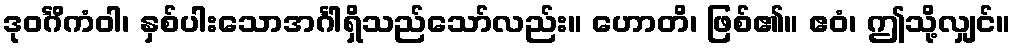
ဒုဝင်္ဂိကံဝါ၊ နှစ်ပါးသောအင်္ဂါရှိသည်သော်လည်း။ ဟောတိ၊ ဖြစ်၏။ ဧဝံ၊ ဤသို့လျှင်။